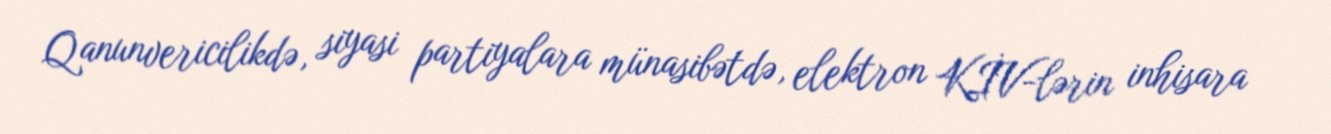
Qanunvericilikdə, siyasi partiyalara münasibətdə, elektron KİV-lərin inhisara